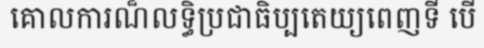
គោលការណ៏លទ្ធិប្រជាធិប្បតេយ្យពេញទី បើ